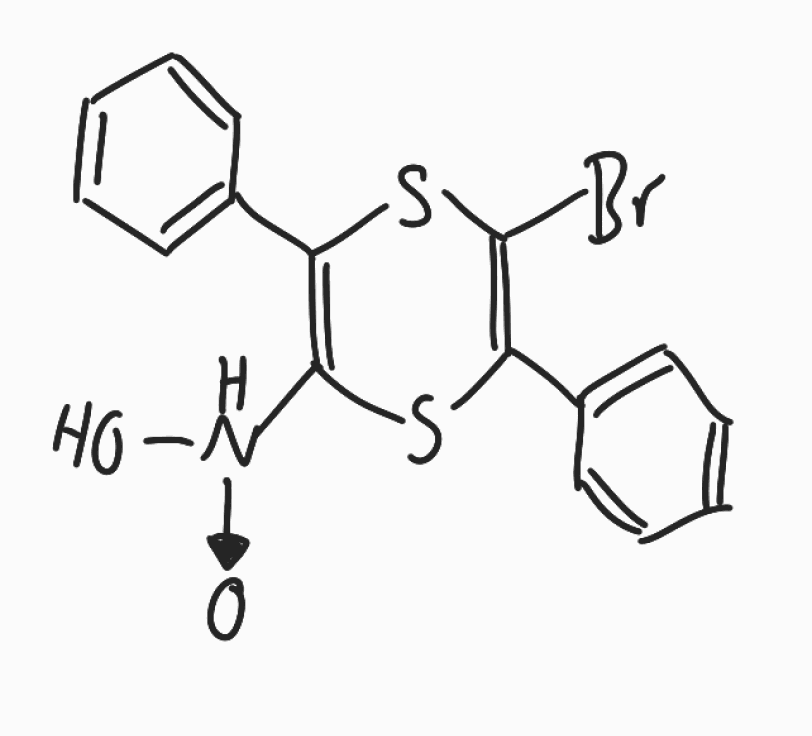
Simplified molecular-input line-entry system (SMILES) notation of the given molecule:
C1=CC=C(C=C1)C2=C(SC(=C(S2)Br)C3=CC=CC=C3)[NH+](O)[O-]